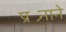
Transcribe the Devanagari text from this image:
प्रश्र्नाने